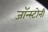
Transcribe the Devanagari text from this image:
जॉन्स्टोनी